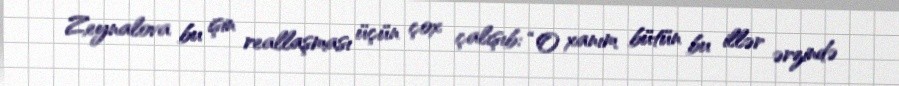
Zeynalova bu işin reallaşması üçün çox çalışıb: “O xanım bütün bu illər ərzində